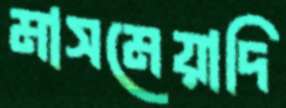
মাসমেয়াদি